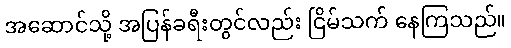
အဆောင်သို့ အပြန်ခရီးတွင်လည်း ငြိမ်သက် နေကြသည်။